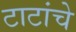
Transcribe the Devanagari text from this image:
टाटांचे